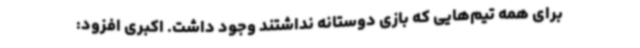
برای همه تیم‌هایی که بازی دوستانه نداشتند وجود داشت. اکبری افزود: